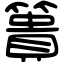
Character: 簣